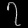
Digit: ၇